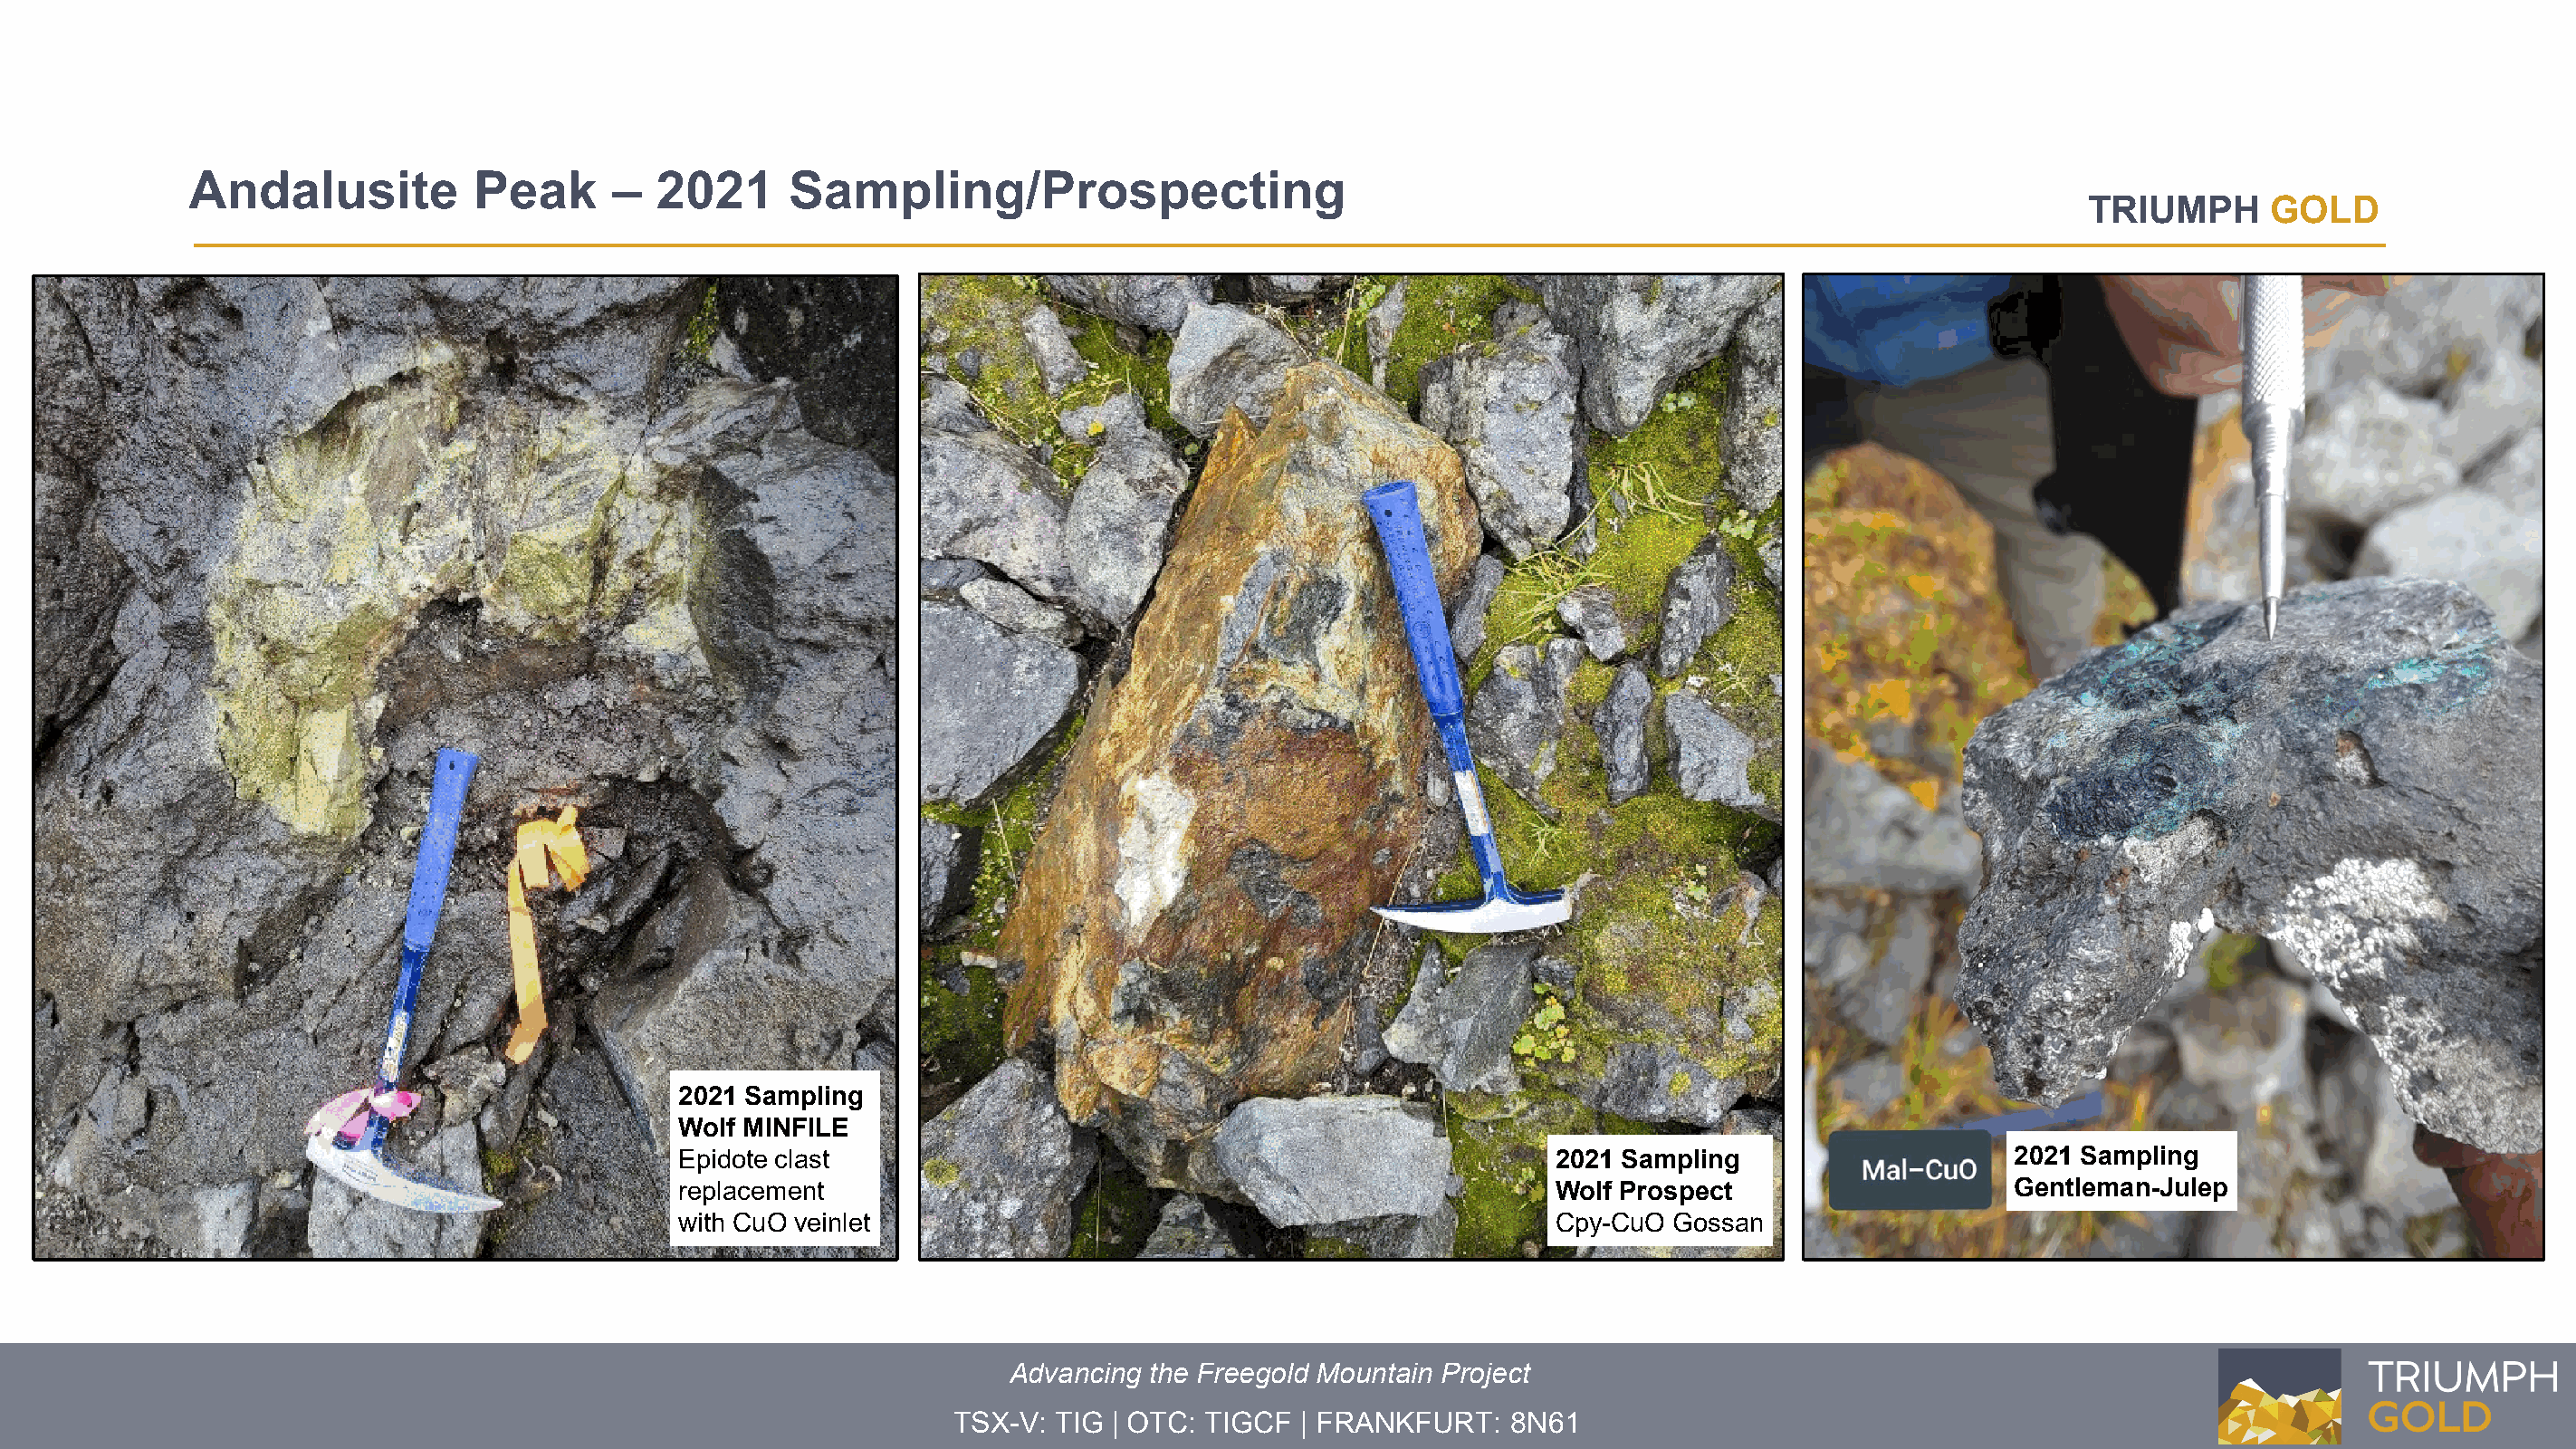
Andalusite           Peak      –  2021      Sampling/Prospecting
 TRIUMPH      GOLD
 2021 Sampling
 Wolf MINFILE
 Epidote clast                                                   2021 Sampling                    2021 Sampling
 replacement                                                     Wolf Prospect                    Gentleman-Julep
 with CuO veinlet                                                Cpy-CuO Gossan
 Advancing the Freegold Mountain Project
 TSX-V: TIG | OTC: TIGCF  | FRANKFURT:   8N61